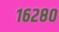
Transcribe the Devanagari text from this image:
१६२८०